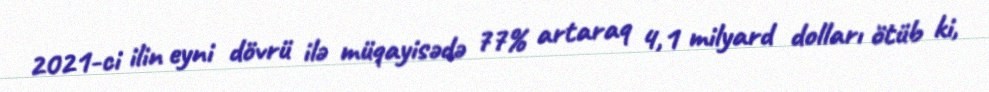
2021-ci ilin eyni dövrü ilə müqayisədə 77% artaraq 4,1 milyard dolları ötüb ki,